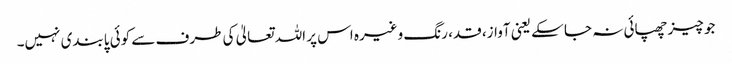
جو چیز چھپائی نہ جا سکے یعنی آواز، قد، رنگ وغیرہ اس پر اللہ تعالیٰ کی طرف سے کوئی پابندی نہیں۔